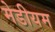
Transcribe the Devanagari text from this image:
मेडीयम